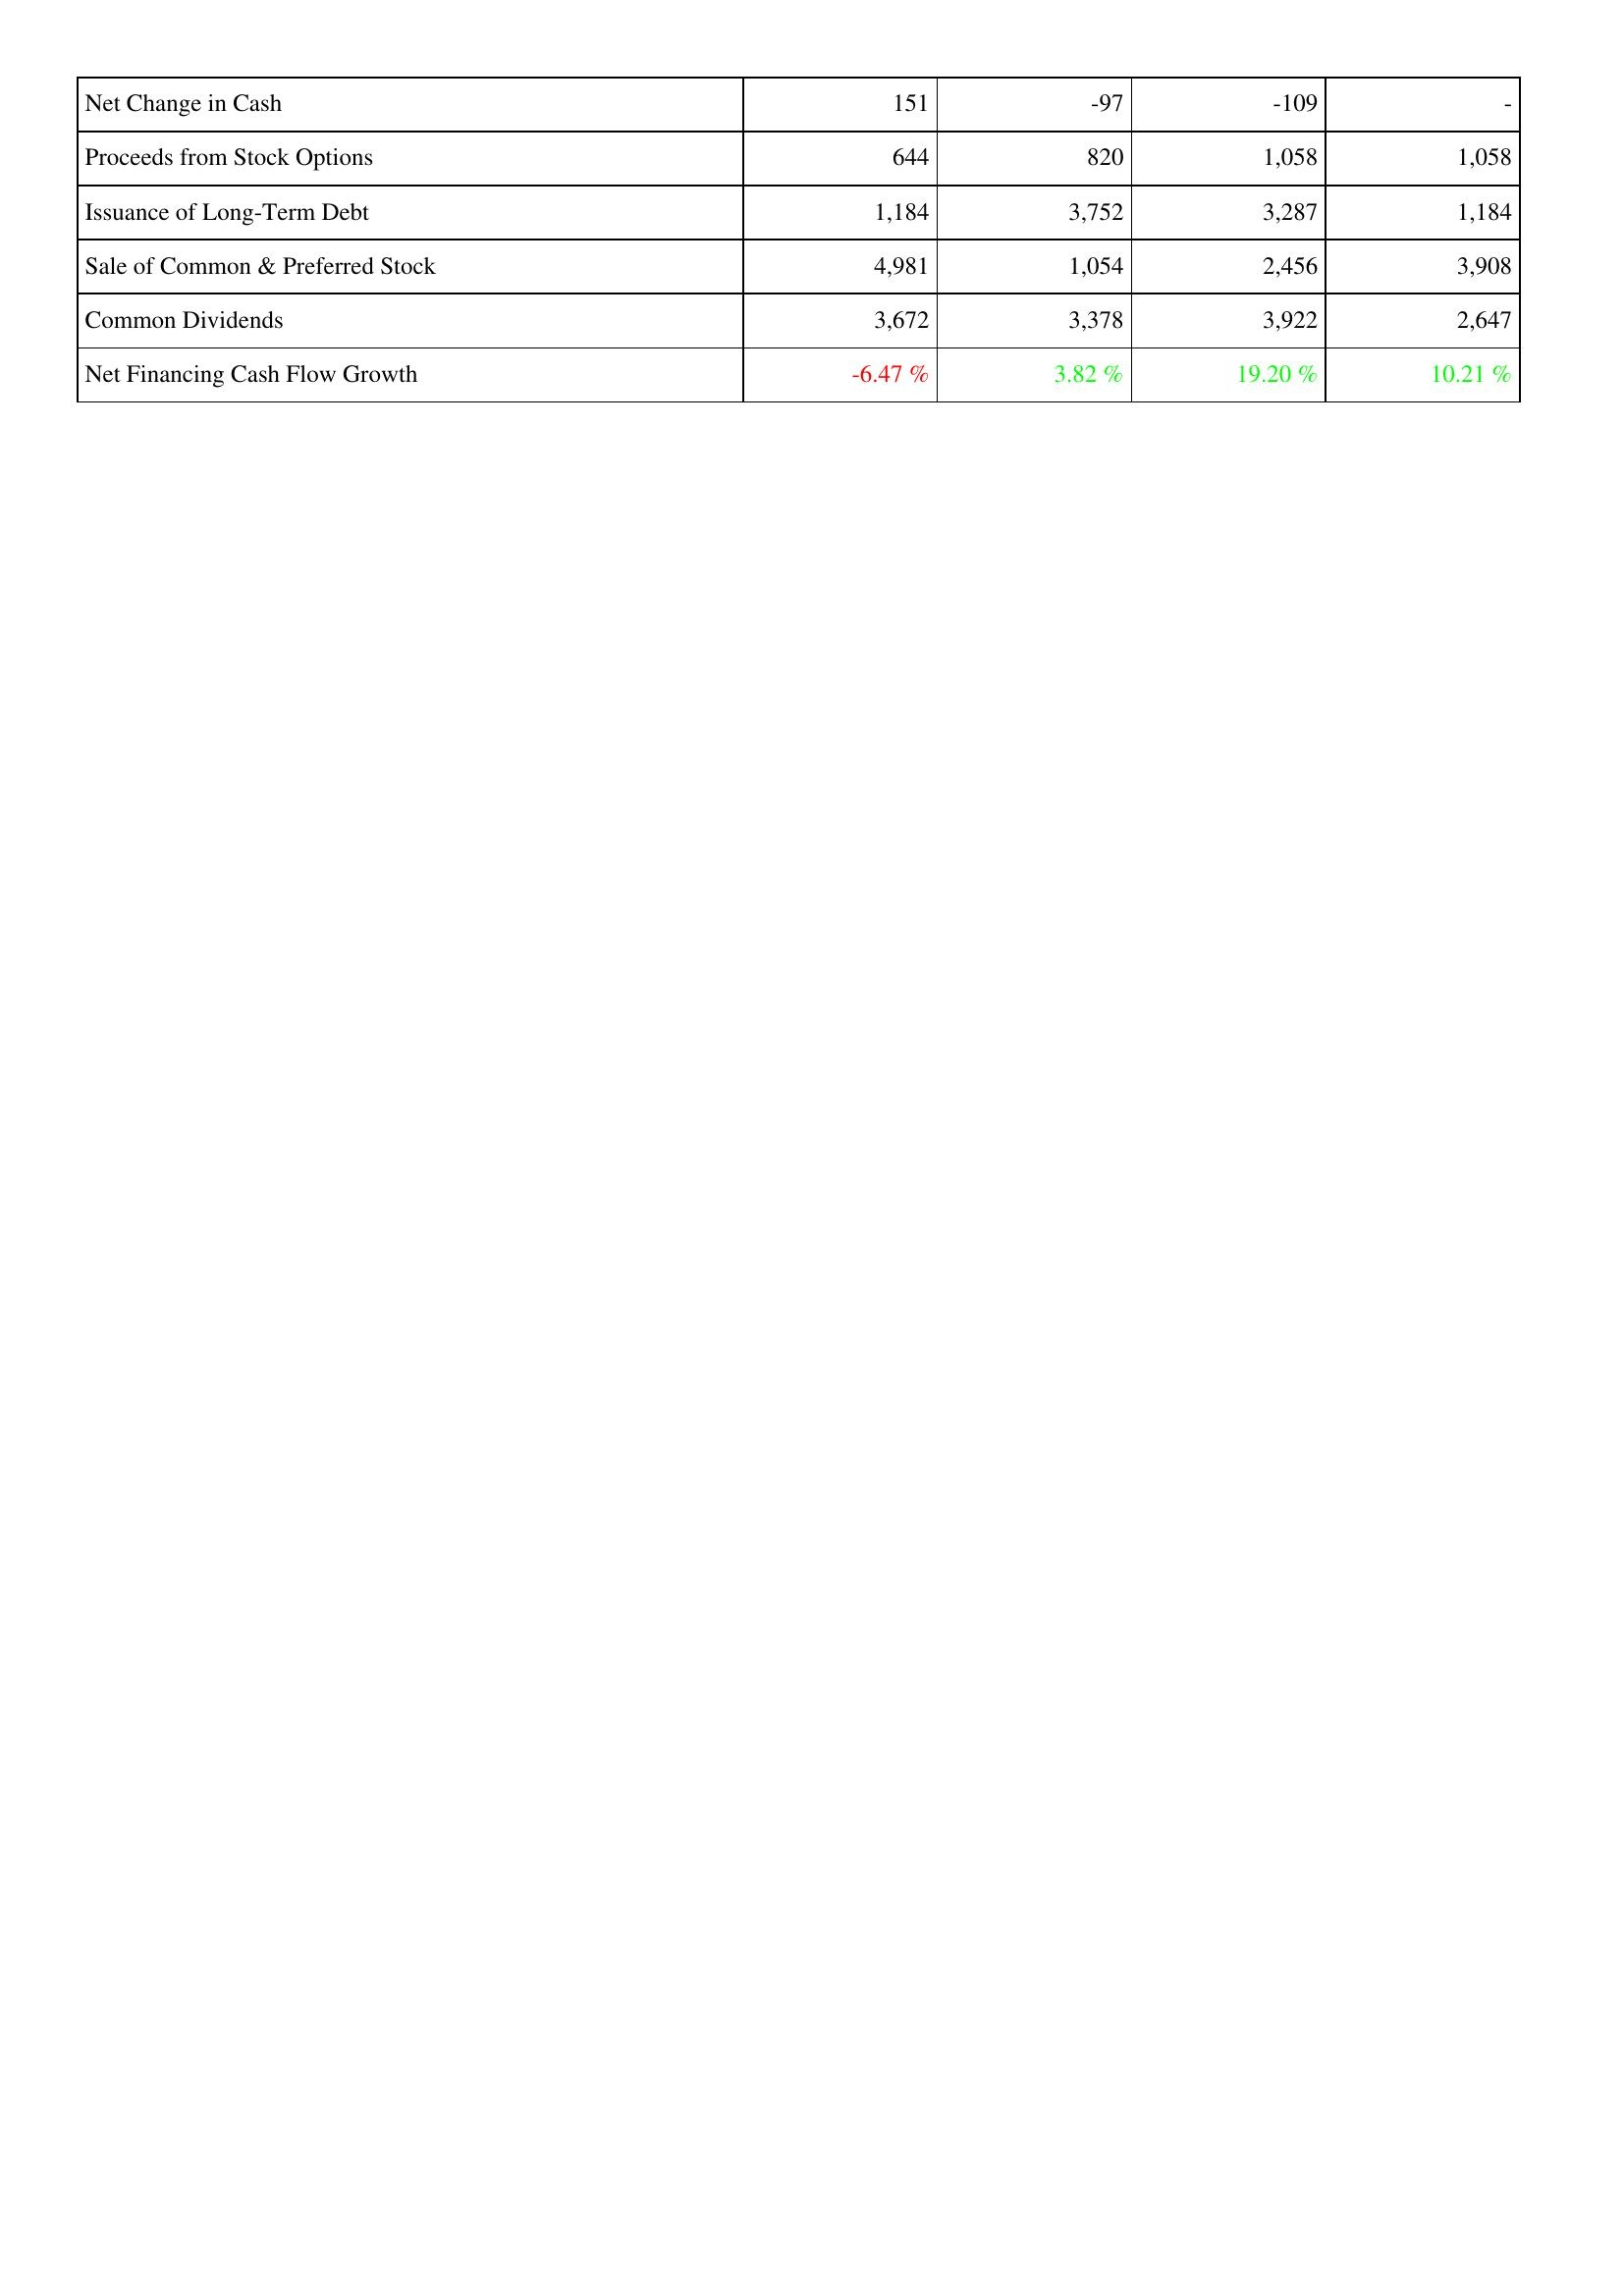
2012: Financing Activities: Net Change in Cash: 151
Proceeds from Stock Options: 644
Issuance of Long-Term Debt: 1,184
Sale of Common & Preferred Stock: 4,981
Common Dividends: 3,672
Net Financing Cash Flow Growth: -6.47 %
2013: Financing Activities: Net Change in Cash: -97
Proceeds from Stock Options: 820
Issuance of Long-Term Debt: 3,752
Sale of Common & Preferred Stock: 1,054
Common Dividends: 3,378
Net Financing Cash Flow Growth: 3.82 %
2014: Financing Activities: Net Change in Cash: -109
Proceeds from Stock Options: 1,058
Issuance of Long-Term Debt: 3,287
Sale of Common & Preferred Stock: 2,456
Common Dividends: 3,922
Net Financing Cash Flow Growth: 19.20 %
2015: Financing Activities: Net Change in Cash: -
Proceeds from Stock Options: 1,058
Issuance of Long-Term Debt: 1,184
Sale of Common & Preferred Stock: 3,908
Common Dividends: 2,647
Net Financing Cash Flow Growth: 10.21 %